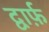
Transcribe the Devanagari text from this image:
द्वार्फ़